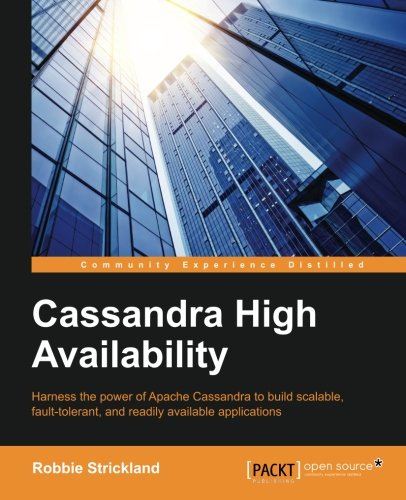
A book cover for Cassandra High Availability; Robbie Strickland; Computers & Technology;